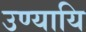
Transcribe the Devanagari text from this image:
उण्यायि